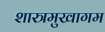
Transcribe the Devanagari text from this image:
शास्त्रमुखागम